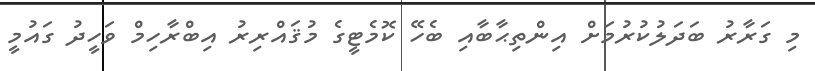
މި ގަރާރު ބަދަލުކުރުމަށް އިންތިޙާބާއި ބެހޭ ކޮމެޓީގެ މުޤައްރިރު އިބްރާހިމް ވަހީދު ގައުމީ